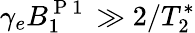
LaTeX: \gamma_{e}B_{1}^{\mathrm{~P~1~}}\gg 2/T_{2}^{*}